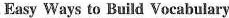
Easy Ways to Build Vocabulary